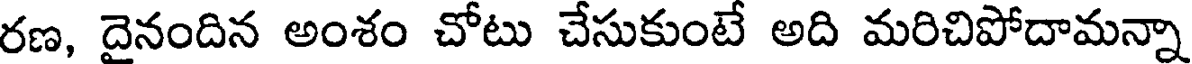
రణ, దైనందిన అంశం చోటు చేసుకుంటే అది మరిచిపోదామన్నా